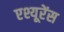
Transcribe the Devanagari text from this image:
एश्यूरेंस